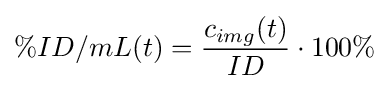
\%ID/mL(t)={\frac {c_{img}(t)}{ID}}\cdot 100\%